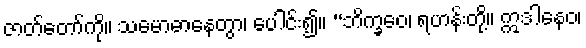
ဇာတ်တော်ကို။ သမောဓာနေတွာ၊ ပေါင်း၍။ “ဘိက္ခဝေ၊ ရဟန်းတို့။ ဣဒါနေဝ၊